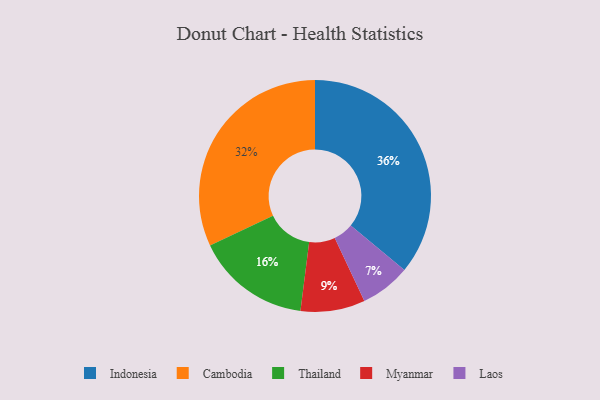
{"axis": {"x": "Category", "y": "Percentage"}, "legend": ["Cambodia", "Indonesia", "Laos", "Myanmar", "Thailand"], "data": [{"x": "Laos", "y": 7, "type": "Laos"}, {"x": "Thailand", "y": 16, "type": "Thailand"}, {"x": "Indonesia", "y": 36, "type": "Indonesia"}, {"x": "Cambodia", "y": 32, "type": "Cambodia"}, {"x": "Myanmar", "y": 9, "type": "Myanmar"}]}